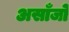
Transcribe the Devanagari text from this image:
असाँजो